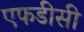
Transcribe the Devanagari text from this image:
एफडीसी